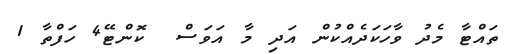
ތައްޓާ މެދު ވާހަކަދެއްކުން އަދި މާ އަވަސް  ކޮންޓޭ4 ހަފްތާ 1